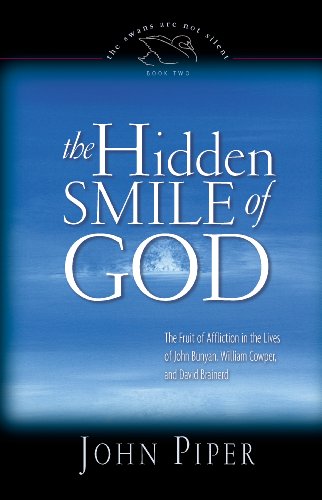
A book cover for The Hidden Smile of God: The Fruit of Affliction in the Lives of John Bunyan, William Cowper, and David Brainerd (Swans Are Not Silent); John Piper; Christian Books & Bibles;